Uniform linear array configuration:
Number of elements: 32
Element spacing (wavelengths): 0.75
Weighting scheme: cosine
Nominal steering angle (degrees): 15
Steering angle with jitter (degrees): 14.196
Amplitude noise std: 0.05
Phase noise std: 0.05

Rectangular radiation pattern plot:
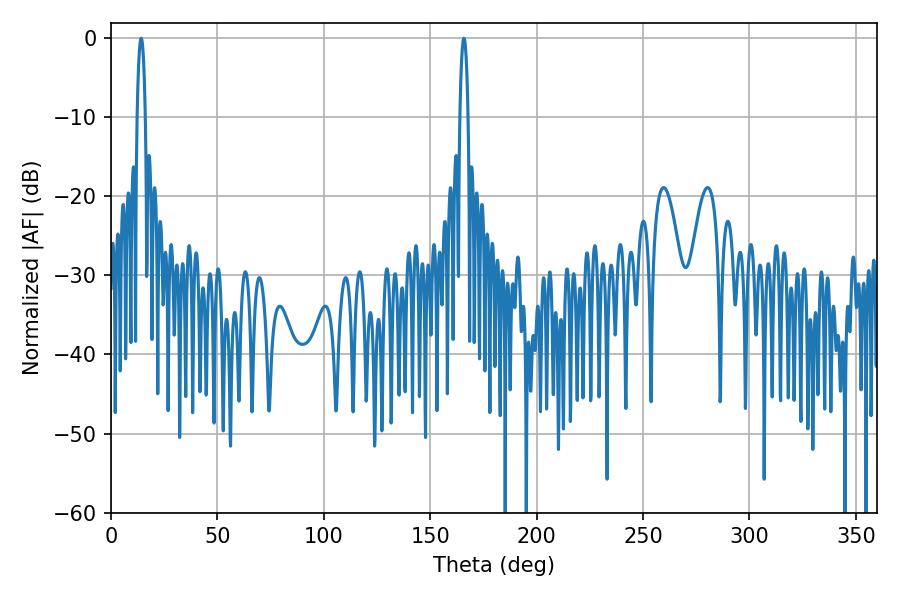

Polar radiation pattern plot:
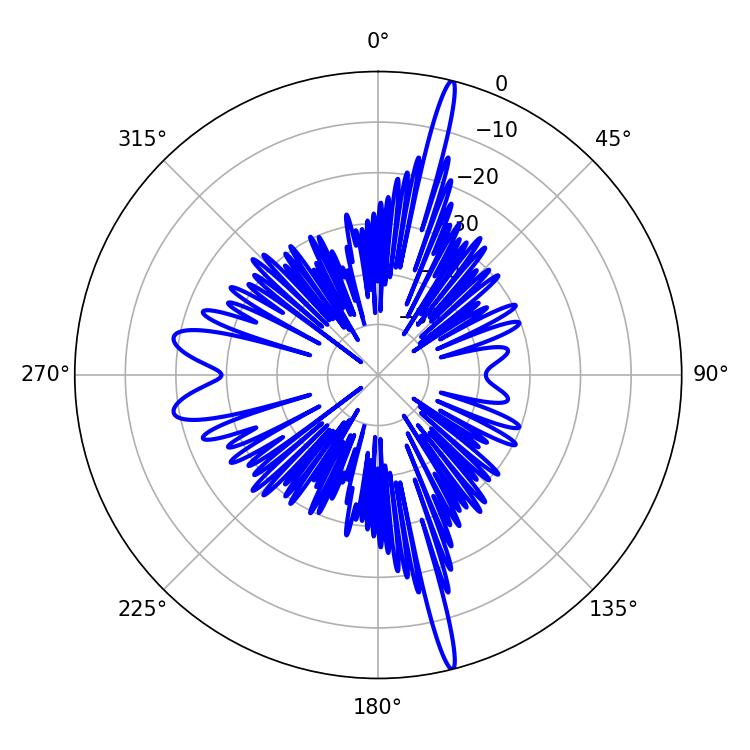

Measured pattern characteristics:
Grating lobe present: TRUE
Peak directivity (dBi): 20.705
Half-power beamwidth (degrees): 2.16
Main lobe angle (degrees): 165.78